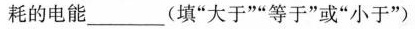
耗的电能___(填”大于””等于”或”小于”)